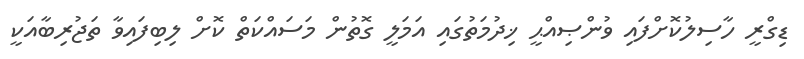
ޑިގްރީ ހާސިލުކޮށްފައި ވުންޞިއްޙީ ޚިދުމަތުގައި އަމަލީ ގޮތުން މަސައްކަތް ކޮށް ލިބިފައިވާ ތަޖުރިބާއަކީ